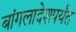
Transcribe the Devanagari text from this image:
बांगलादेशपर्यंत